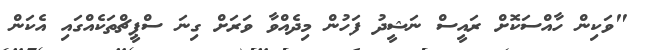
"ވަކިން ހާއްސަކޮށް ރައީސް ނަޝީދު ފަހުން މިދެއްވާ ވަރަށް ގިނަ ސްޕީޗްތަކެއްގައި އެކަން